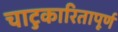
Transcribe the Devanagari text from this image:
चाटुकारितापूर्ण